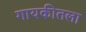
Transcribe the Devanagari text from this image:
गायकीतला